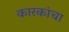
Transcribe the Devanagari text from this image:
कारकांचा